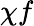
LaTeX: \chi f